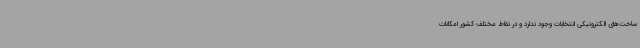
ساخت‌های الکترونیکی انتخابات وجود ندارد و در نقاط مختلف کشور امکانات